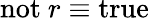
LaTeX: \mathrm{not}~r\equiv\mathrm{true}